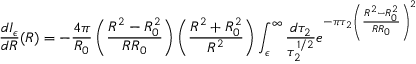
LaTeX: \frac { d I _ { \epsilon } } { d R } ( R ) = - \frac { 4 \pi } { R _ { 0 } } \left( \frac { R ^ { 2 } - R _ { 0 } ^ { 2 } } { R R _ { 0 } } \right) \left( \frac { R ^ { 2 } + R _ { 0 } ^ { 2 } } { R ^ { 2 } } \right) \int _ { \epsilon } ^ { \infty } \frac { d \tau _ { 2 } } { \tau _ { 2 } ^ { 1 / 2 } } e ^ { - \pi \tau _ { 2 } \left( \frac { R ^ { 2 } - R _ { 0 } ^ { 2 } } { R R _ { 0 } } \right) ^ { 2 } }